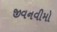
જીવનવીમો